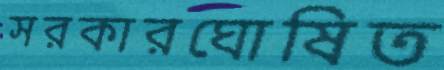
সরকারঘোষিত